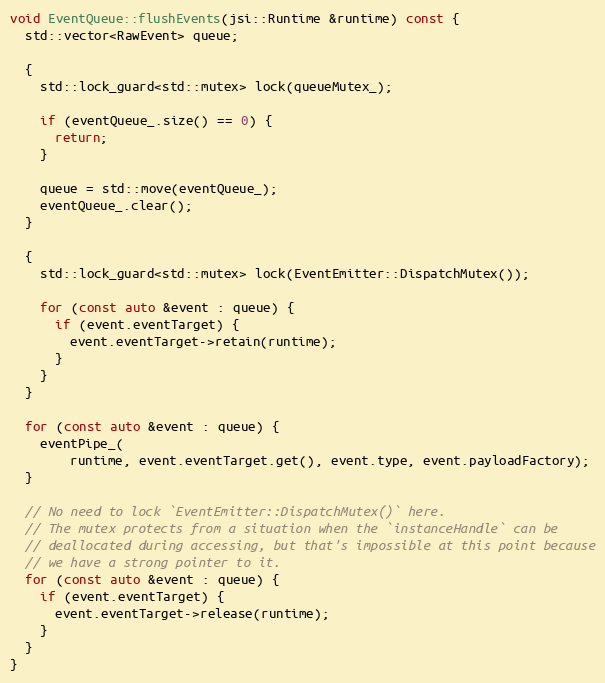
Language: C++
void EventQueue::flushEvents(jsi::Runtime &runtime) const {
  std::vector<RawEvent> queue;

  {
    std::lock_guard<std::mutex> lock(queueMutex_);

    if (eventQueue_.size() == 0) {
      return;
    }

    queue = std::move(eventQueue_);
    eventQueue_.clear();
  }

  {
    std::lock_guard<std::mutex> lock(EventEmitter::DispatchMutex());

    for (const auto &event : queue) {
      if (event.eventTarget) {
        event.eventTarget->retain(runtime);
      }
    }
  }

  for (const auto &event : queue) {
    eventPipe_(
        runtime, event.eventTarget.get(), event.type, event.payloadFactory);
  }

  // No need to lock `EventEmitter::DispatchMutex()` here.
  // The mutex protects from a situation when the `instanceHandle` can be
  // deallocated during accessing, but that's impossible at this point because
  // we have a strong pointer to it.
  for (const auto &event : queue) {
    if (event.eventTarget) {
      event.eventTarget->release(runtime);
    }
  }
}